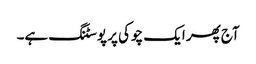
آج پھر ایک چوکی پر پوسٹنگ ہے۔